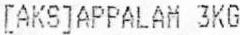
[AKS]APPALAM 3KG